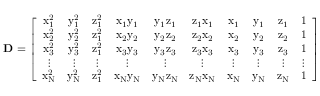
\mathbf { D } = \left[ \begin{array} { c c c c c c c c c c } { \mathrm { x } _ { 1 } ^ { 2 } } & { \mathrm { y } _ { 1 } ^ { 2 } } & { \mathrm { z } _ { 1 } ^ { 2 } } & { \mathrm { x } _ { 1 } \mathrm { y } _ { 1 } } & { \mathrm { y } _ { 1 } \mathrm { z } _ { 1 } } & { \mathrm { z } _ { 1 } \mathrm { x } _ { 1 } } & { \mathrm { x } _ { 1 } } & { \mathrm { y } _ { 1 } } & { \mathrm { z } _ { 1 } } & { 1 } \\ { \mathrm { x } _ { 2 } ^ { 2 } } & { \mathrm { y } _ { 2 } ^ { 2 } } & { \mathrm { z } _ { 1 } ^ { 2 } } & { \mathrm { x } _ { 2 } \mathrm { y } _ { 2 } } & { \mathrm { y } _ { 2 } \mathrm { z } _ { 2 } } & { \mathrm { z } _ { 2 } \mathrm { x } _ { 2 } } & { \mathrm { x } _ { 2 } } & { \mathrm { y } _ { 2 } } & { \mathrm { z } _ { 2 } } & { 1 } \\ { \mathrm { x } _ { 3 } ^ { 2 } } & { \mathrm { y } _ { 3 } ^ { 2 } } & { \mathrm { z } _ { 1 } ^ { 2 } } & { \mathrm { x } _ { 3 } \mathrm { y } _ { 3 } } & { \mathrm { y } _ { 3 } \mathrm { z } _ { 3 } } & { \mathrm { z } _ { 3 } \mathrm { x } _ { 3 } } & { \mathrm { x } _ { 3 } } & { \mathrm { y } _ { 3 } } & { \mathrm { z } _ { 3 } } & { 1 } \\ { \vdots } & { \vdots } & { \vdots } & { \vdots } & { \vdots } & { \vdots } & { \vdots } & { \vdots } & { \vdots } & { \vdots } \\ { \mathrm { x } _ { \mathrm { N } } ^ { 2 } } & { \mathrm { y } _ { \mathrm { N } } ^ { 2 } } & { \mathrm { z } _ { 1 } ^ { 2 } } & { \mathrm { x } _ { \mathrm { N } } \mathrm { y } _ { \mathrm { N } } } & { \mathrm { y } _ { \mathrm { N } } \mathrm { z } _ { \mathrm { N } } } & { \mathrm { z } _ { \mathrm { N } } \mathrm { x } _ { \mathrm { N } } } & { \mathrm { x } _ { \mathrm { N } } } & { \mathrm { y } _ { \mathrm { N } } } & { \mathrm { z } _ { \mathrm { N } } } & { 1 } \end{array} \right]